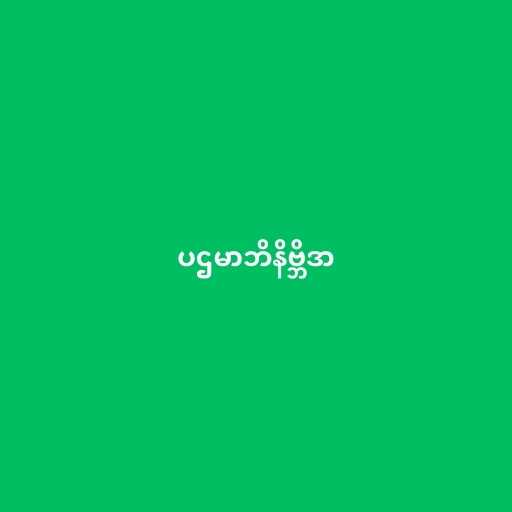
ပဌမာဘိနိဗ္ဘိဒာ